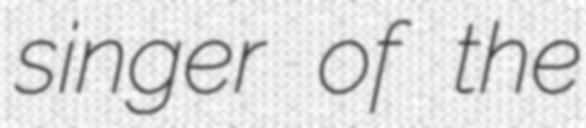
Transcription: singer of the